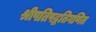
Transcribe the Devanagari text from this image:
श्रीपतिपद्धतिगणित